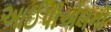
આઈપીએલનો